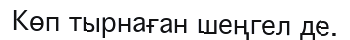
Көп тырнаған шеңгел де.